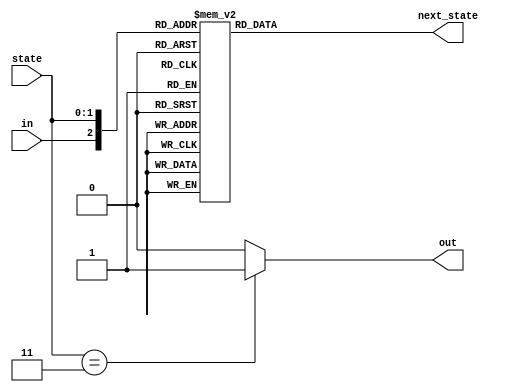
/*

Copyright 2022 Marc Ketel
SPDX-License-Identifier: Apache-2.0

*/

`default_nettype none

module top_module (
    input wire in,
    input wire [1:0] state,
    output reg [1:0] next_state,
    output reg out
);

  parameter A = 2'b00, B = 2'b01, C = 2'b10, D = 2'b11;

  //Determine next state.
  always @(*) begin
    casez ({
      in, state
    })
      {1'b0, A} : next_state = A;
      {1'b1, A} : next_state = B;
      {1'b0, B} : next_state = C;
      {1'b1, B} : next_state = B;
      {1'b0, C} : next_state = A;
      {1'b1, C} : next_state = D;
      {1'b0, D} : next_state = C;
      {1'b1, D} : next_state = B;
      default: next_state = B;
    endcase
  end

  //Determine output.
  always @(*) begin
    case (state)
      D: out = 1'b1;
      default: out = 1'b0;
    endcase
  end

endmodule